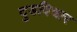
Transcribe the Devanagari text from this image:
दुडविचार